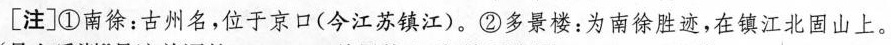
[注]①南徐：古州名，位于京口(今江苏镇江)。②多景楼：为南徐胜迹，在镇江北固山上。